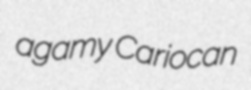
agamy Cariocan